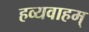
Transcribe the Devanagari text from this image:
हव्यवाहम्